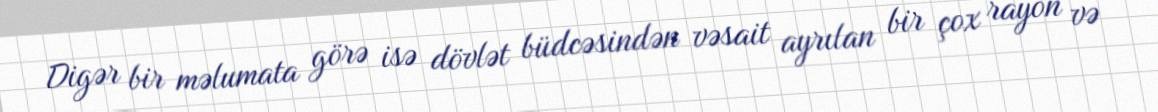
Digər bir məlumata görə isə dövlət büdcəsindən vəsait ayrılan bir çox rayon və